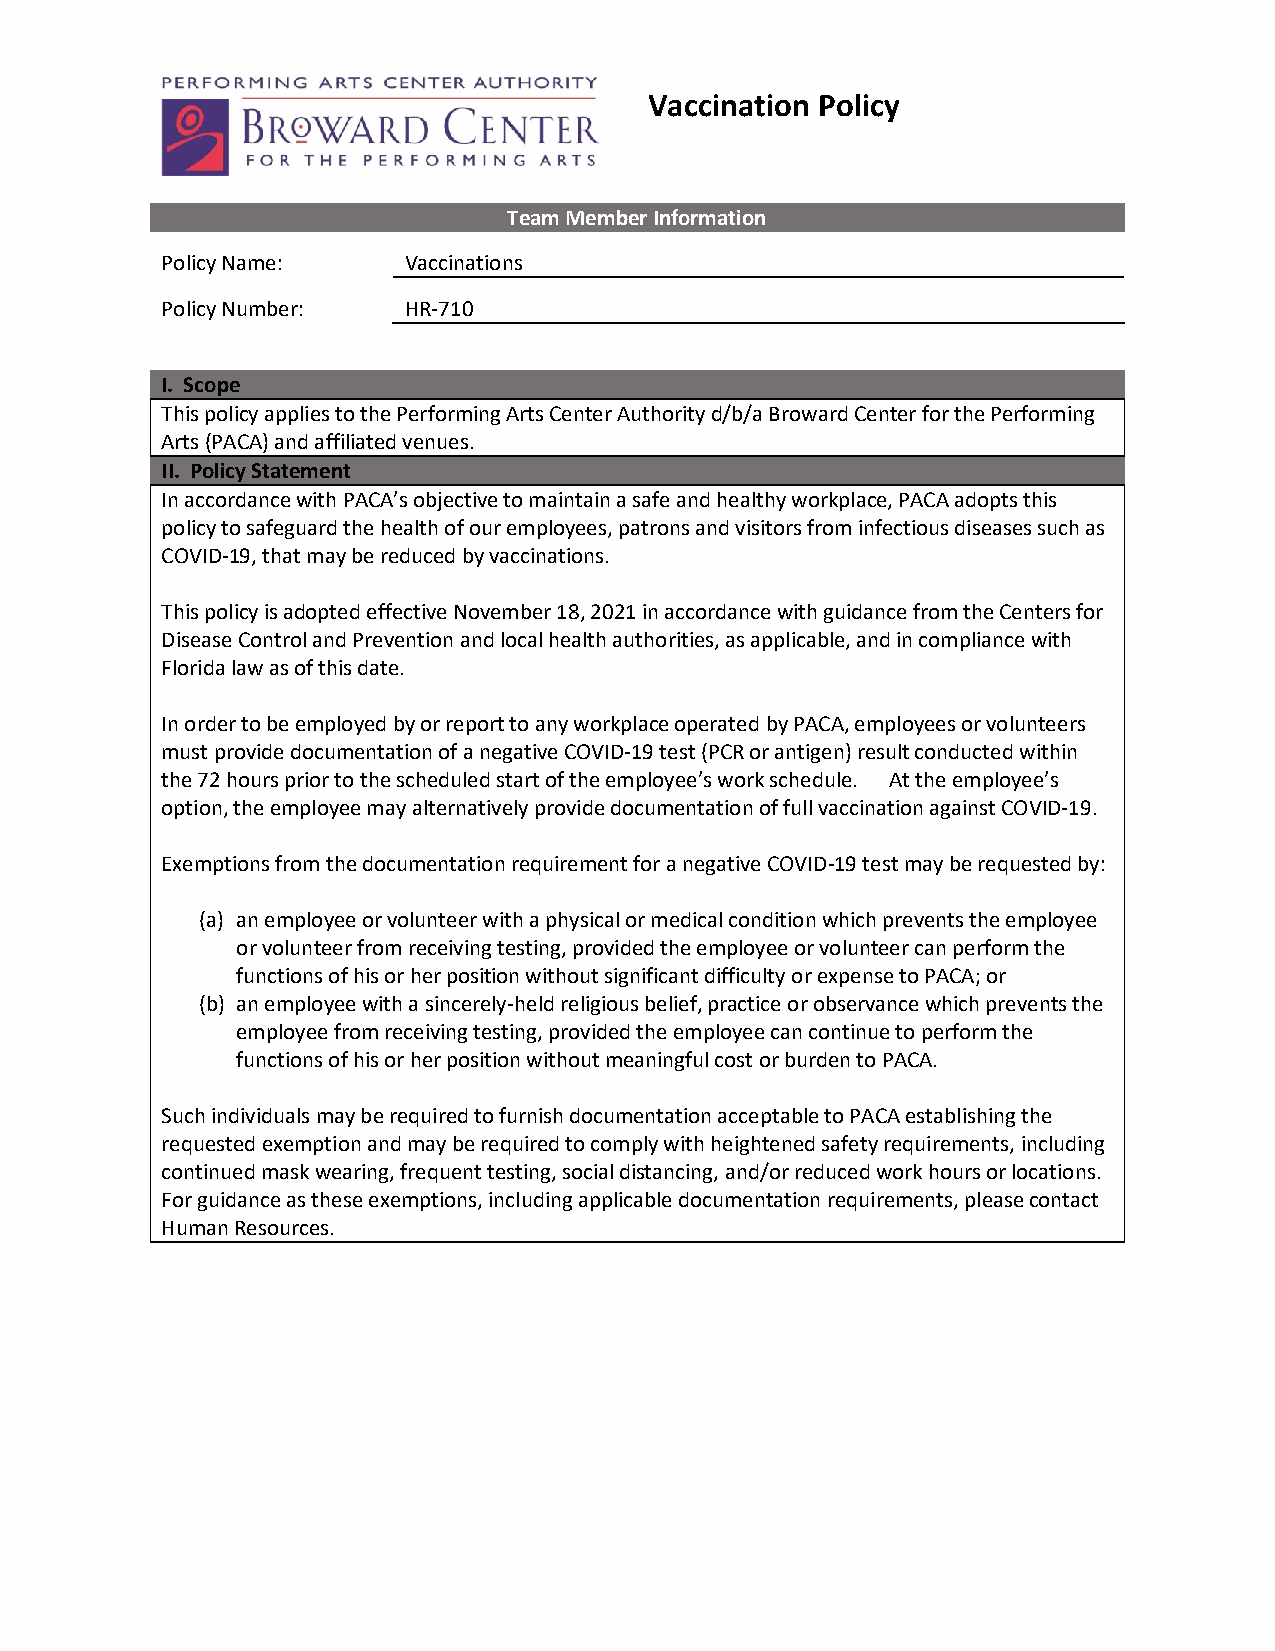
Vaccination Policy
 Team Member Information
 Policy Name:    Vaccinations
 Policy Number:  HR-710
 I. Scope
 This policy applies to the Performing Arts Center Authority d/b/a Broward Center for the Performing
 Arts (PACA) and affiliated venues.
 II. Policy Statement
 In accordance with PACA’s objective to maintain a safe and healthy workplace, PACA adopts this
 policy to safeguard the health of our employees, patrons and visitors from infectious diseases such as
 COVID-19, that may be reduced by vaccinations.
 This policy is adopted effective November 18, 2021 in accordance with guidance from the Centers for
 Disease Control and Prevention and local health authorities, as applicable, and in compliance with
 Florida law as of this date.
 In order to be employed by or report to any workplace operated by PACA, employees or volunteers
 must provide documentation of a negative COVID-19 test (PCR or antigen) result conducted within
 the 72 hours prior to the scheduled start of the employee’s work schedule. At the employee’s
 option, the employee may alternatively provide documentation of full vaccination against COVID-19.
 Exemptions from the documentation requirement for a negative COVID-19 test may be requested by:
 (a) an employee or volunteer with a physical or medical condition which prevents the employee
 or volunteer from receiving testing, provided the employee or volunteer can perform the
 functions of his or her position without significant difficulty or expense to PACA; or
 (b) an employee with a sincerely-held religious belief, practice or observance which prevents the
 employee from receiving testing, provided the employee can continue to perform the
 functions of his or her position without meaningful cost or burden to PACA.
 Such individuals may be required to furnish documentation acceptable to PACA establishing the
 requested exemption and may be required to comply with heightened safety requirements, including
 continued mask wearing, frequent testing, social distancing, and/or reduced work hours or locations.
 For guidance as these exemptions, including applicable documentation requirements, please contact
 Human Resources.